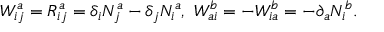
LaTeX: W _ { i j } ^ { a } = R _ { i j } ^ { a } = \delta _ { i } N _ { j } ^ { a } - \delta _ { j } N _ { i } ^ { a } , ~ W _ { a i } ^ { b } = - W _ { i a } ^ { b } = - \partial _ { a } N _ { i } ^ { b } .